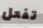
تفعل